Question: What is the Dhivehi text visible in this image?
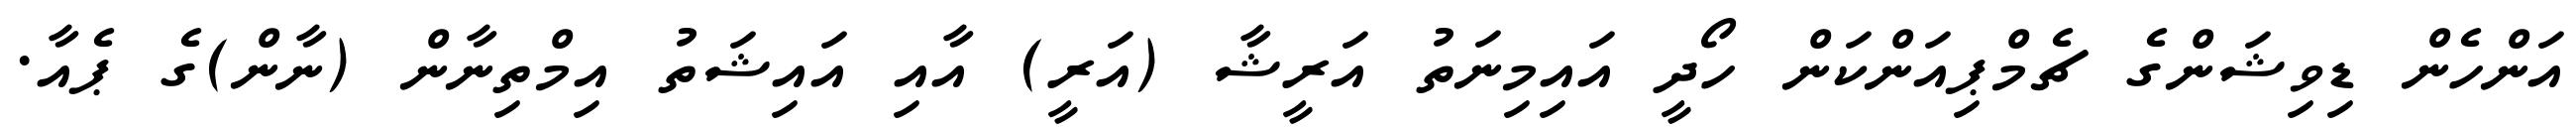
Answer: އަންހެން ޑިވިޝަންގެ ޗެމްޕިއަންކަން ހޯދީ އައިމިނަތު އަރީޝާ (އަރީ) އާއި އައިޝަތު އިމްތިނާން (ނާން)ގެ ޕެއާ.